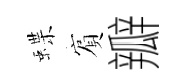
蝶賔瓣